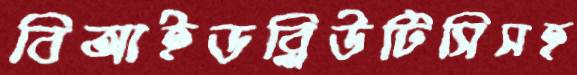
বিআইডব্লিউটিসিসহ